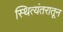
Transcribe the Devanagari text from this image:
स्थित्यंतरातून